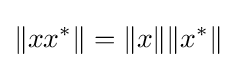
\|xx^{*}\|=\|x\|\|x^{*}\|